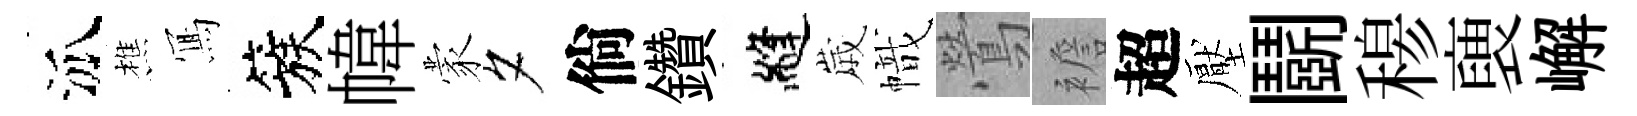
泒樵𭂁簇幃蒙夕倘鑽縫𡻕幟鶯襜超壓鬬𥠇褏嶰